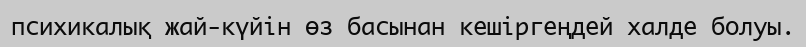
психикалық жай-күйін өз басынан кешіргеңдей халде болуы.